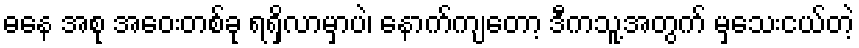
ဓနေ အစု အဝေးတစ်ခု ရရှိလာမှာပဲ၊ နောက်ကျတော့ ဒီကသူ့အတွက် မှသေးငယ်တဲ့